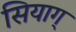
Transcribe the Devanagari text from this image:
सियाग्